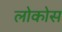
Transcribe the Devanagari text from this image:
लोकोस